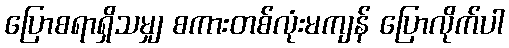
ပြောစရာရှိသမျှ စကားတစ်လုံးမကျန် ပြောလိုက်ပါ